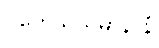
ဝိဟေသိယမာနာနံ